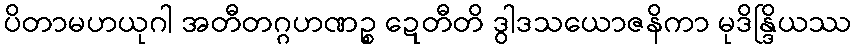
ပိတာမဟယုဂါ အတီတဂ္ဂဟဏဉ္စ ဍေတီတိ ဒွါဒသယောဇနိကာ မုဒိန္ဒြိယဿ